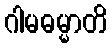
ဂါမဓမ္မာတိ